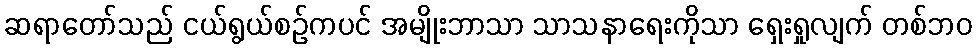
ဆရာတော်သည် ငယ်ရွယ်စဉ်ကပင် အမျိုးဘာသာ သာသနာရေးကိုသာ ရှေးရှုလျက် တစ်ဘဝ